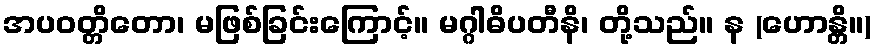
အပဝတ္တိတော၊ မဖြစ်ခြင်းကြောင့်။ မဂ္ဂါဓိပတီနိ၊ တို့သည်။ န (ဟောန္တိ။)